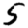
Digit: 5